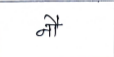
मजकूर: नौ